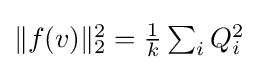
{\textstyle \|f(v)\|_{2}^{2}={\frac {1}{k}}\sum _{i}Q_{i}^{2}}